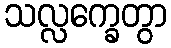
သလ္လက္ခေတွာ